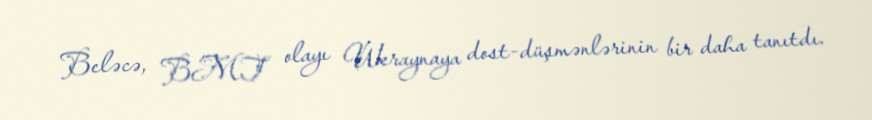
Beləcə, BMT olayı Ukraynaya dost-düşmənlərinin bir daha tanıtdı.